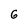
Character: G